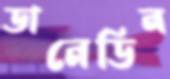
ডানেডিন